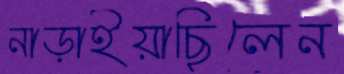
নাড়াইয়াছিলেন